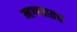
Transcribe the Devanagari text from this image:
म्हणतातच